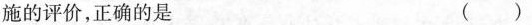
措施的评价，正确的是 ( )